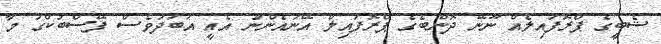
ޝެބީގެ ޕްރޮފައިލެއް ނޫނޭ ދޮންބެގެ ޕްރޮފައިލް އޭނައެންނު އެއީ އަބަދުވެސް ފޭސްބުކްގަ މާ